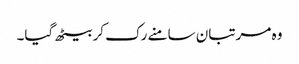
وہ مرتبان سامنے رک کر بیٹھ گیا۔